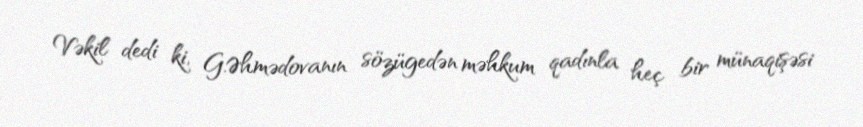
Vəkil dedi ki, G.Əhmədovanın sözügedən məhkum qadınla heç bir münaqişəsi